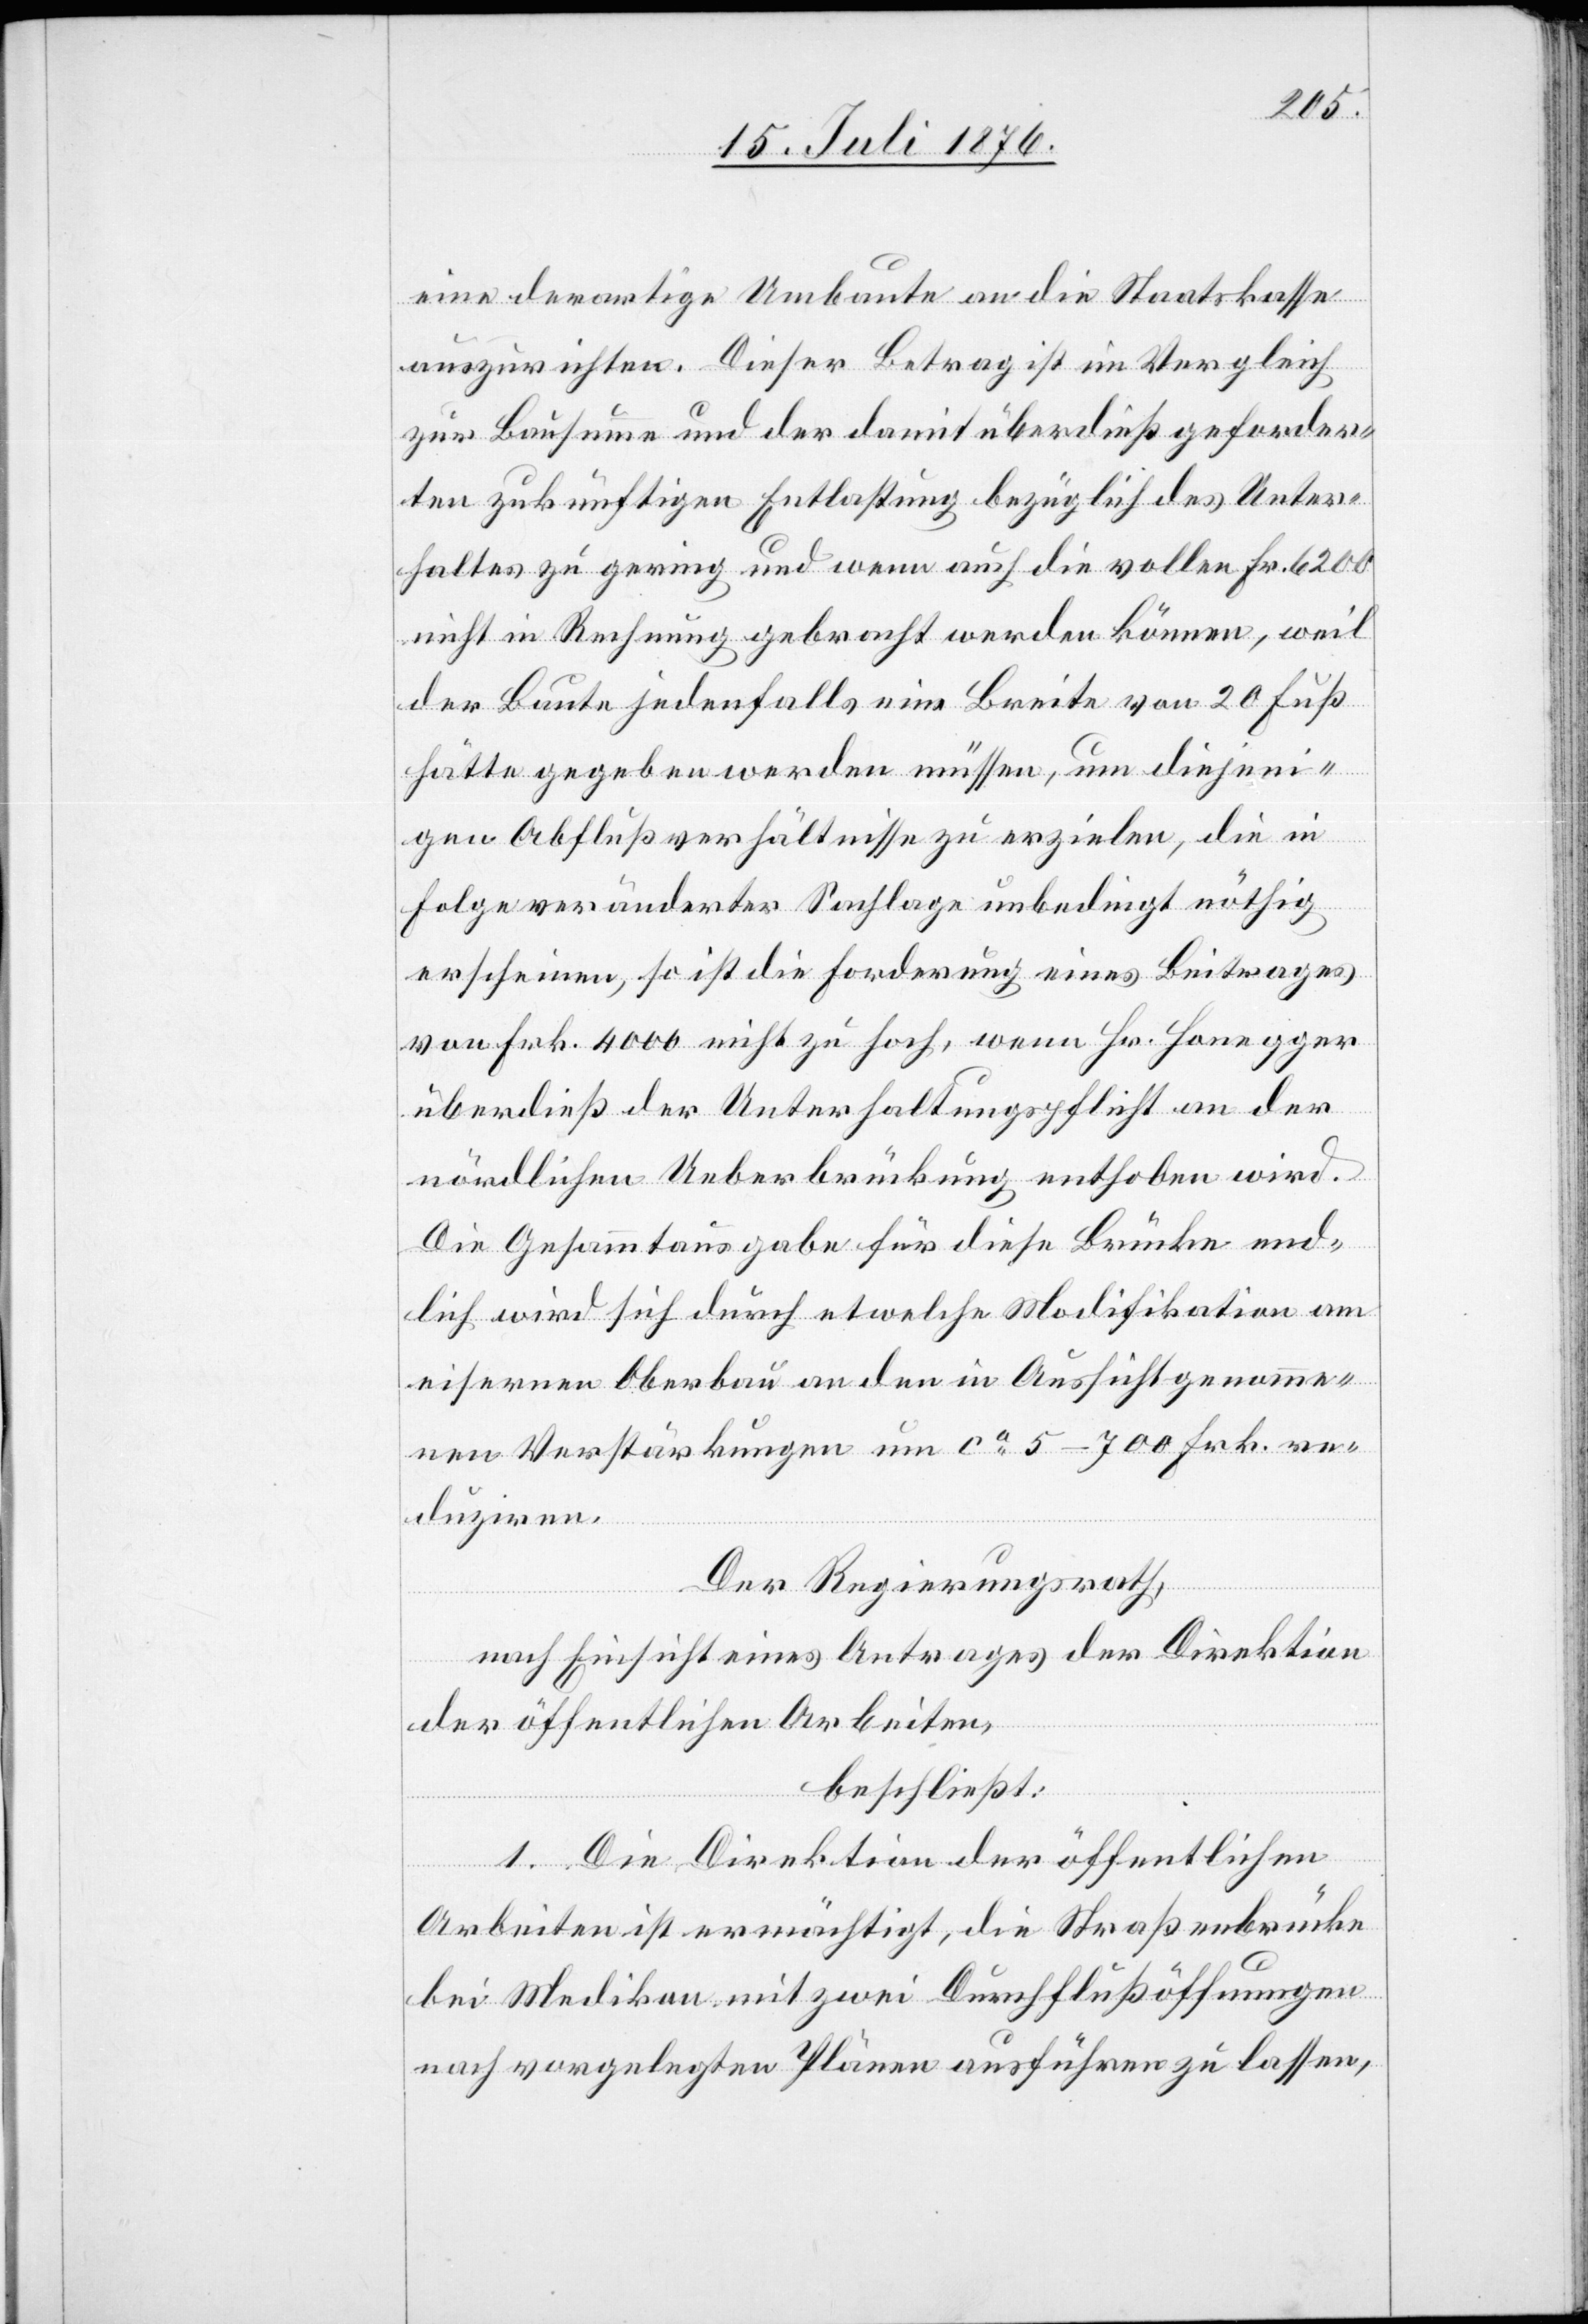
eine derartige Umbaute an die Staatskasse
auszurichten. Dieser Betrag ist im Vergleich
zur Bausumme und der damit überdieß geforder¬
ten zukünftigen Entlastung bezüglich des Unter¬
haltes zu gering und wenn auch die vollen Fr. 6200
nicht in Rechnung gebracht werden können, weil
der Baute jedenfalls eine Breite von 20 Fuß
hätte gegeben werden müssen, um diejeni¬
gen Abflußverhältnisse zu erzielen, die in
Folge veränderter Sachlage unbedingt nöthig
erscheinen, so ist die Forderung eines Beitrages
von Frk. 4000 nicht zu hoch, wenn Hr. Honegger
überdieß der Unterhaltungspflicht an der
nördlichen Ueberbrückung enthoben wird.
Die Gesammtausgabe für diese Brücke end¬
lich wird sich durch etwelche Modifikation am
eisernen Oberbau an den in Aussicht genomme¬
nen Verstärkungen um ca 5–700 Frk. re¬
duziren.
Der Regierungsrath,
nach Einsicht eines Antrages der Direktion
der öffentlichen Arbeiten,
beschließt:
1. Die Direktion der öffentlichen
Arbeiten ist ermächtigt, die Straßenbrücke
bei Medikon mit zwei Durchflußöffnungen
nach vorgelegten Plänen ausführen zu lassen,